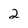
Character: 2